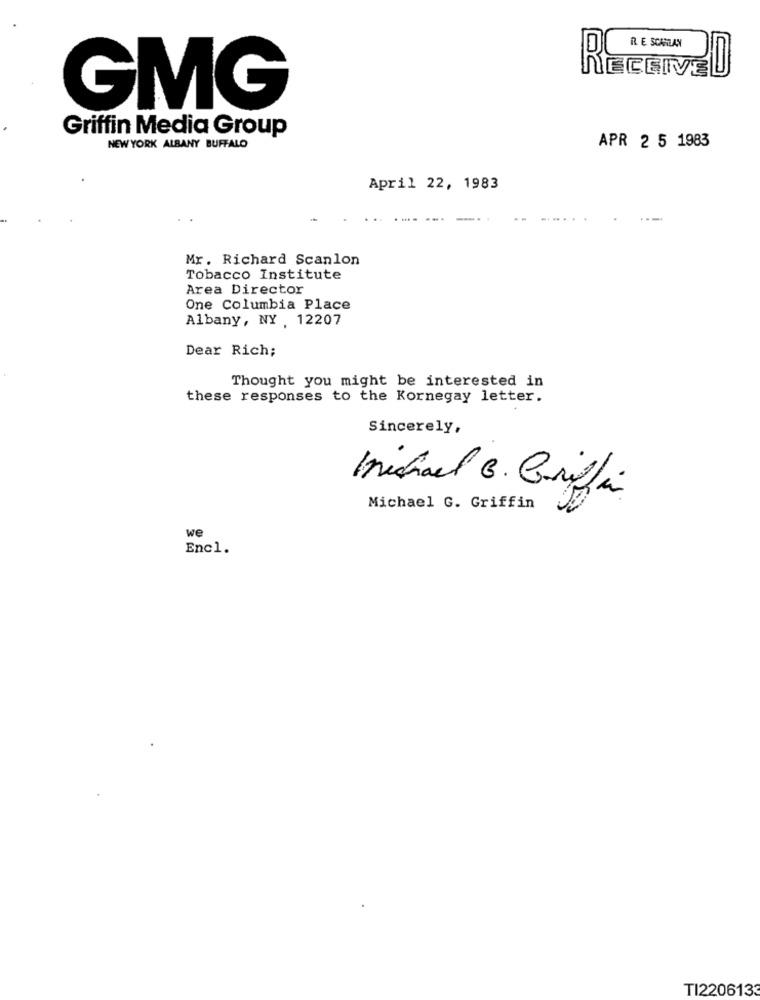
R E SCANLAN
RECEIVED
GMG
Griffin Media Group
NEW YORK ALBANY BUFFALO
APR 2 5 1983
April 22, 1983
Mr. Richard Scanlon
Tobacco Institute
Area Director
One Columbia Place
Albany, NY , 12207
Dear Rich;
Thought you might be interested in
these responses to the Kornegay letter.
Sincerely,
Michael B. Carilla
Michael G. Griffin
we
Encl.
TI2206133